Sketch of the medical history of the native army of Bombay, for the year
Year: 1870
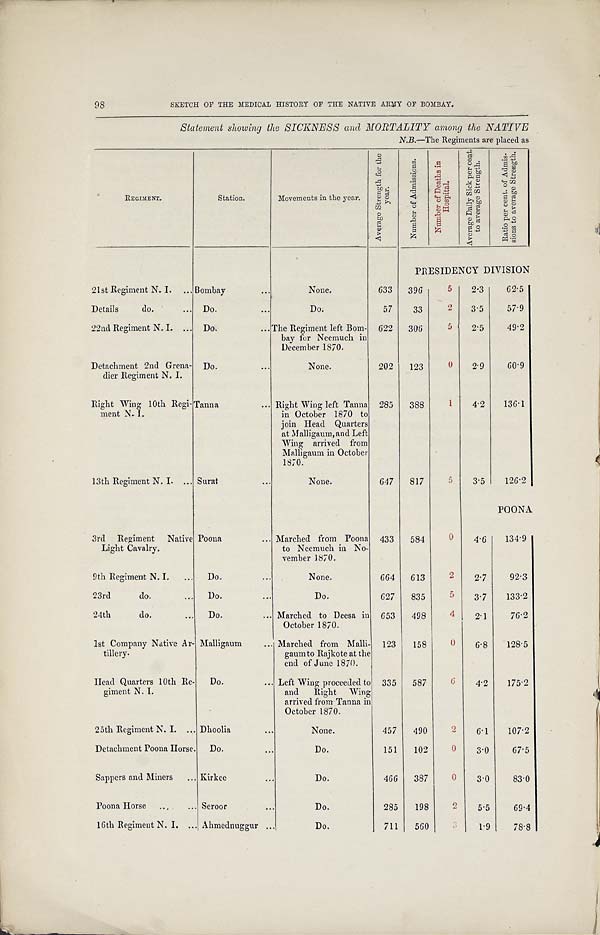
Statement showing the SICKNESS and MORTALITY among the NATIVE
N.B.—The Regiments are placed as
REGIMENT.
Station.
Movements in the year.
A v e r a g e S t r e n g t h f o r t h e
year .
N u m b e r o f A d m i s s i o n s .
N u m b e r o f D e a t h s i n
Ho s p i t a l .
A v e r a g e D a i l y S i c k p e r c e n t .
t o a v e r a g e S t r e n g t h .
R a t i o p e r c e n t . o f A d m i s -
s i o n s t o a v e r a g e S t r e n g t h .
PRESIDENCY DIVISION
21st Regiment N. I. ... Bombay
...
None.
633 396
5
2.3
62.5
Details
do.
... Do.
...
Do.
57
33
2 3.5
57.9
22nd Regiment N. I. ... Do.
... The Regiment left Bom-
bay for Neemuch in
December 1870.
622 306
5
2.5
49.2
Detachment 2nd Grena-
dier Regiment N. I.
Do.
...
None.
202 123
0
2.9
60.9
Right Wing 10th Regi-Tanna
ment N. I.
... Right Wing left Tanna
in October 1870 to
join Head Quarters
at Malligaum, and Left
Wing arrived from
Malligaum in October
1870.
285 388
1
4.2
136.1
13th Regiment N. I. ... Surat
...
None.
647 817
5
3.5
126.2
3rd Regiment Native
Light Cavalry.
Poona
... Marched from Poona
to Neemuch in No-
vember 1870.
433 584
0
4.6
POONA
134.9
9th Regiment N. I. ... Do.
...
None.
664 613
2
2.7
92.3
23rd
do.
... Do.
...
Do.
627 835
5
3.7
133.2
24th
do.
... Do.
... Marched to Deesa in
October 1870.
653 498
4
2.1
76.2
1st Company Native Ar-
tillery.
Malligaum
... Marched from Malli-
gaum to Rajkote at the
end of June 1870.
123 158
0
6.8
128.5
Head Quarters 10th Re-
giment N. I.
Do.
... Left Wing proceeded to
and Right Wing
arrived from Tanna in
October 1870.
335 587
6
4.2
175.2
25th Regiment N. I. .. Dhoolia
...
None.
457 490
2
6.1
107.2
Detachment Poona Horse Do...
D o . 151 102
0
3.0
67.5
Sappers and Miners . ... Kirkee.. ...
D o . 466 387
0
3.0
83.0
Poona Horse ...
... Seroor
...
Do.
285 198
2
5.5
69.4
16th Regiment N. I. ... Ahmednuggur
Do.
711 560
3 1.9
78.8